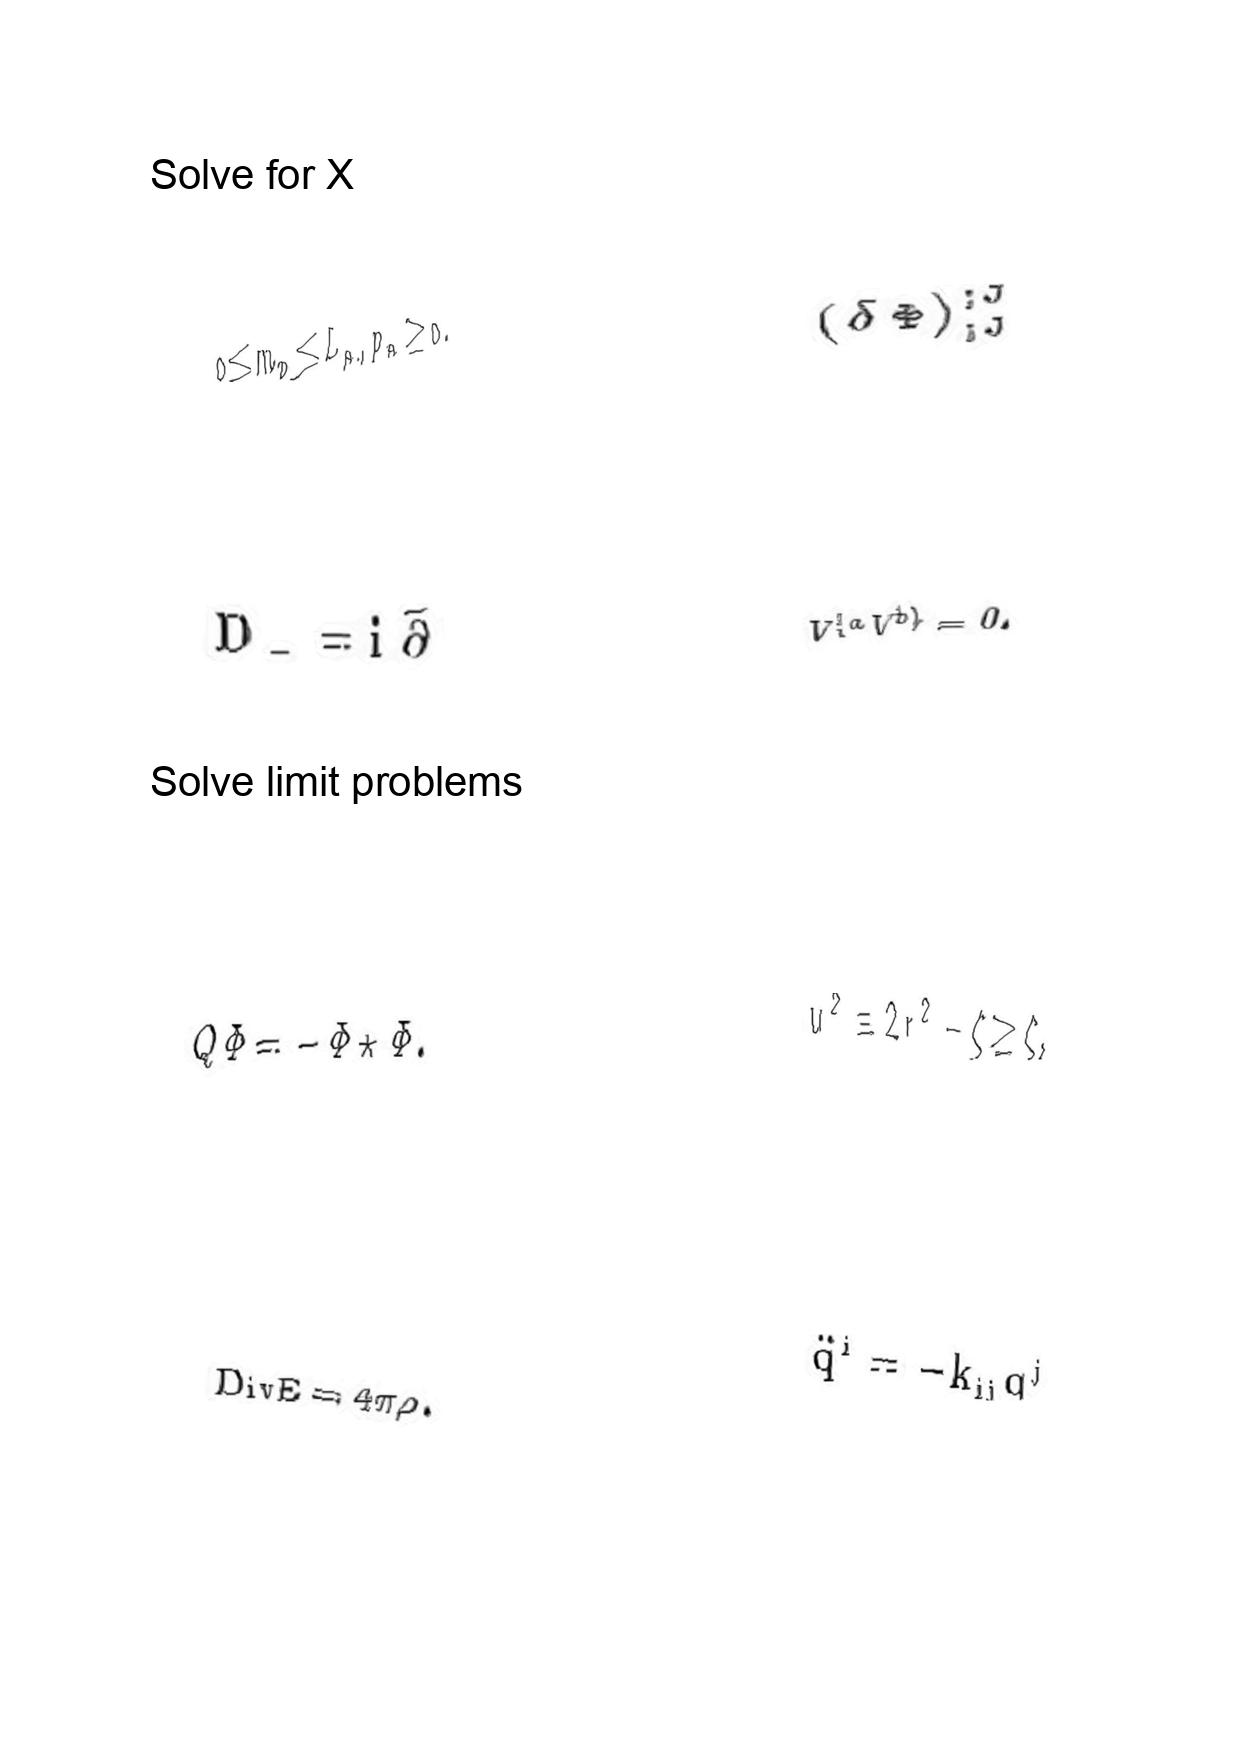
LaTeX transcription:
0 \le m _ { n } \le L _ { n } , p _ { n } \ge 0 .
D _ { - } = i \bar { \partial }
Q \Phi = - \Phi \star \Phi .
\mathrm { D i v } E = 4 \pi \rho .
\lparen \delta \Phi \rparen _ { ; J } ^ { ; J }
V ^ { \lbrace a } V ^ { b \rbrace } = 0 .
u ^ { 2 } \equiv 2 r ^ { 2 } - \zeta \geq \zeta ,
\ddot { q } ^ { i } = - k _ { i j } q ^ { j }